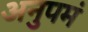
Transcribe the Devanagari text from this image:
अनुपमं